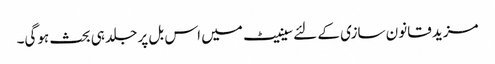
مزید قانون سازی کے لئےسینیٹ میں اس بل پر جلد ہی بحث ہوگی۔